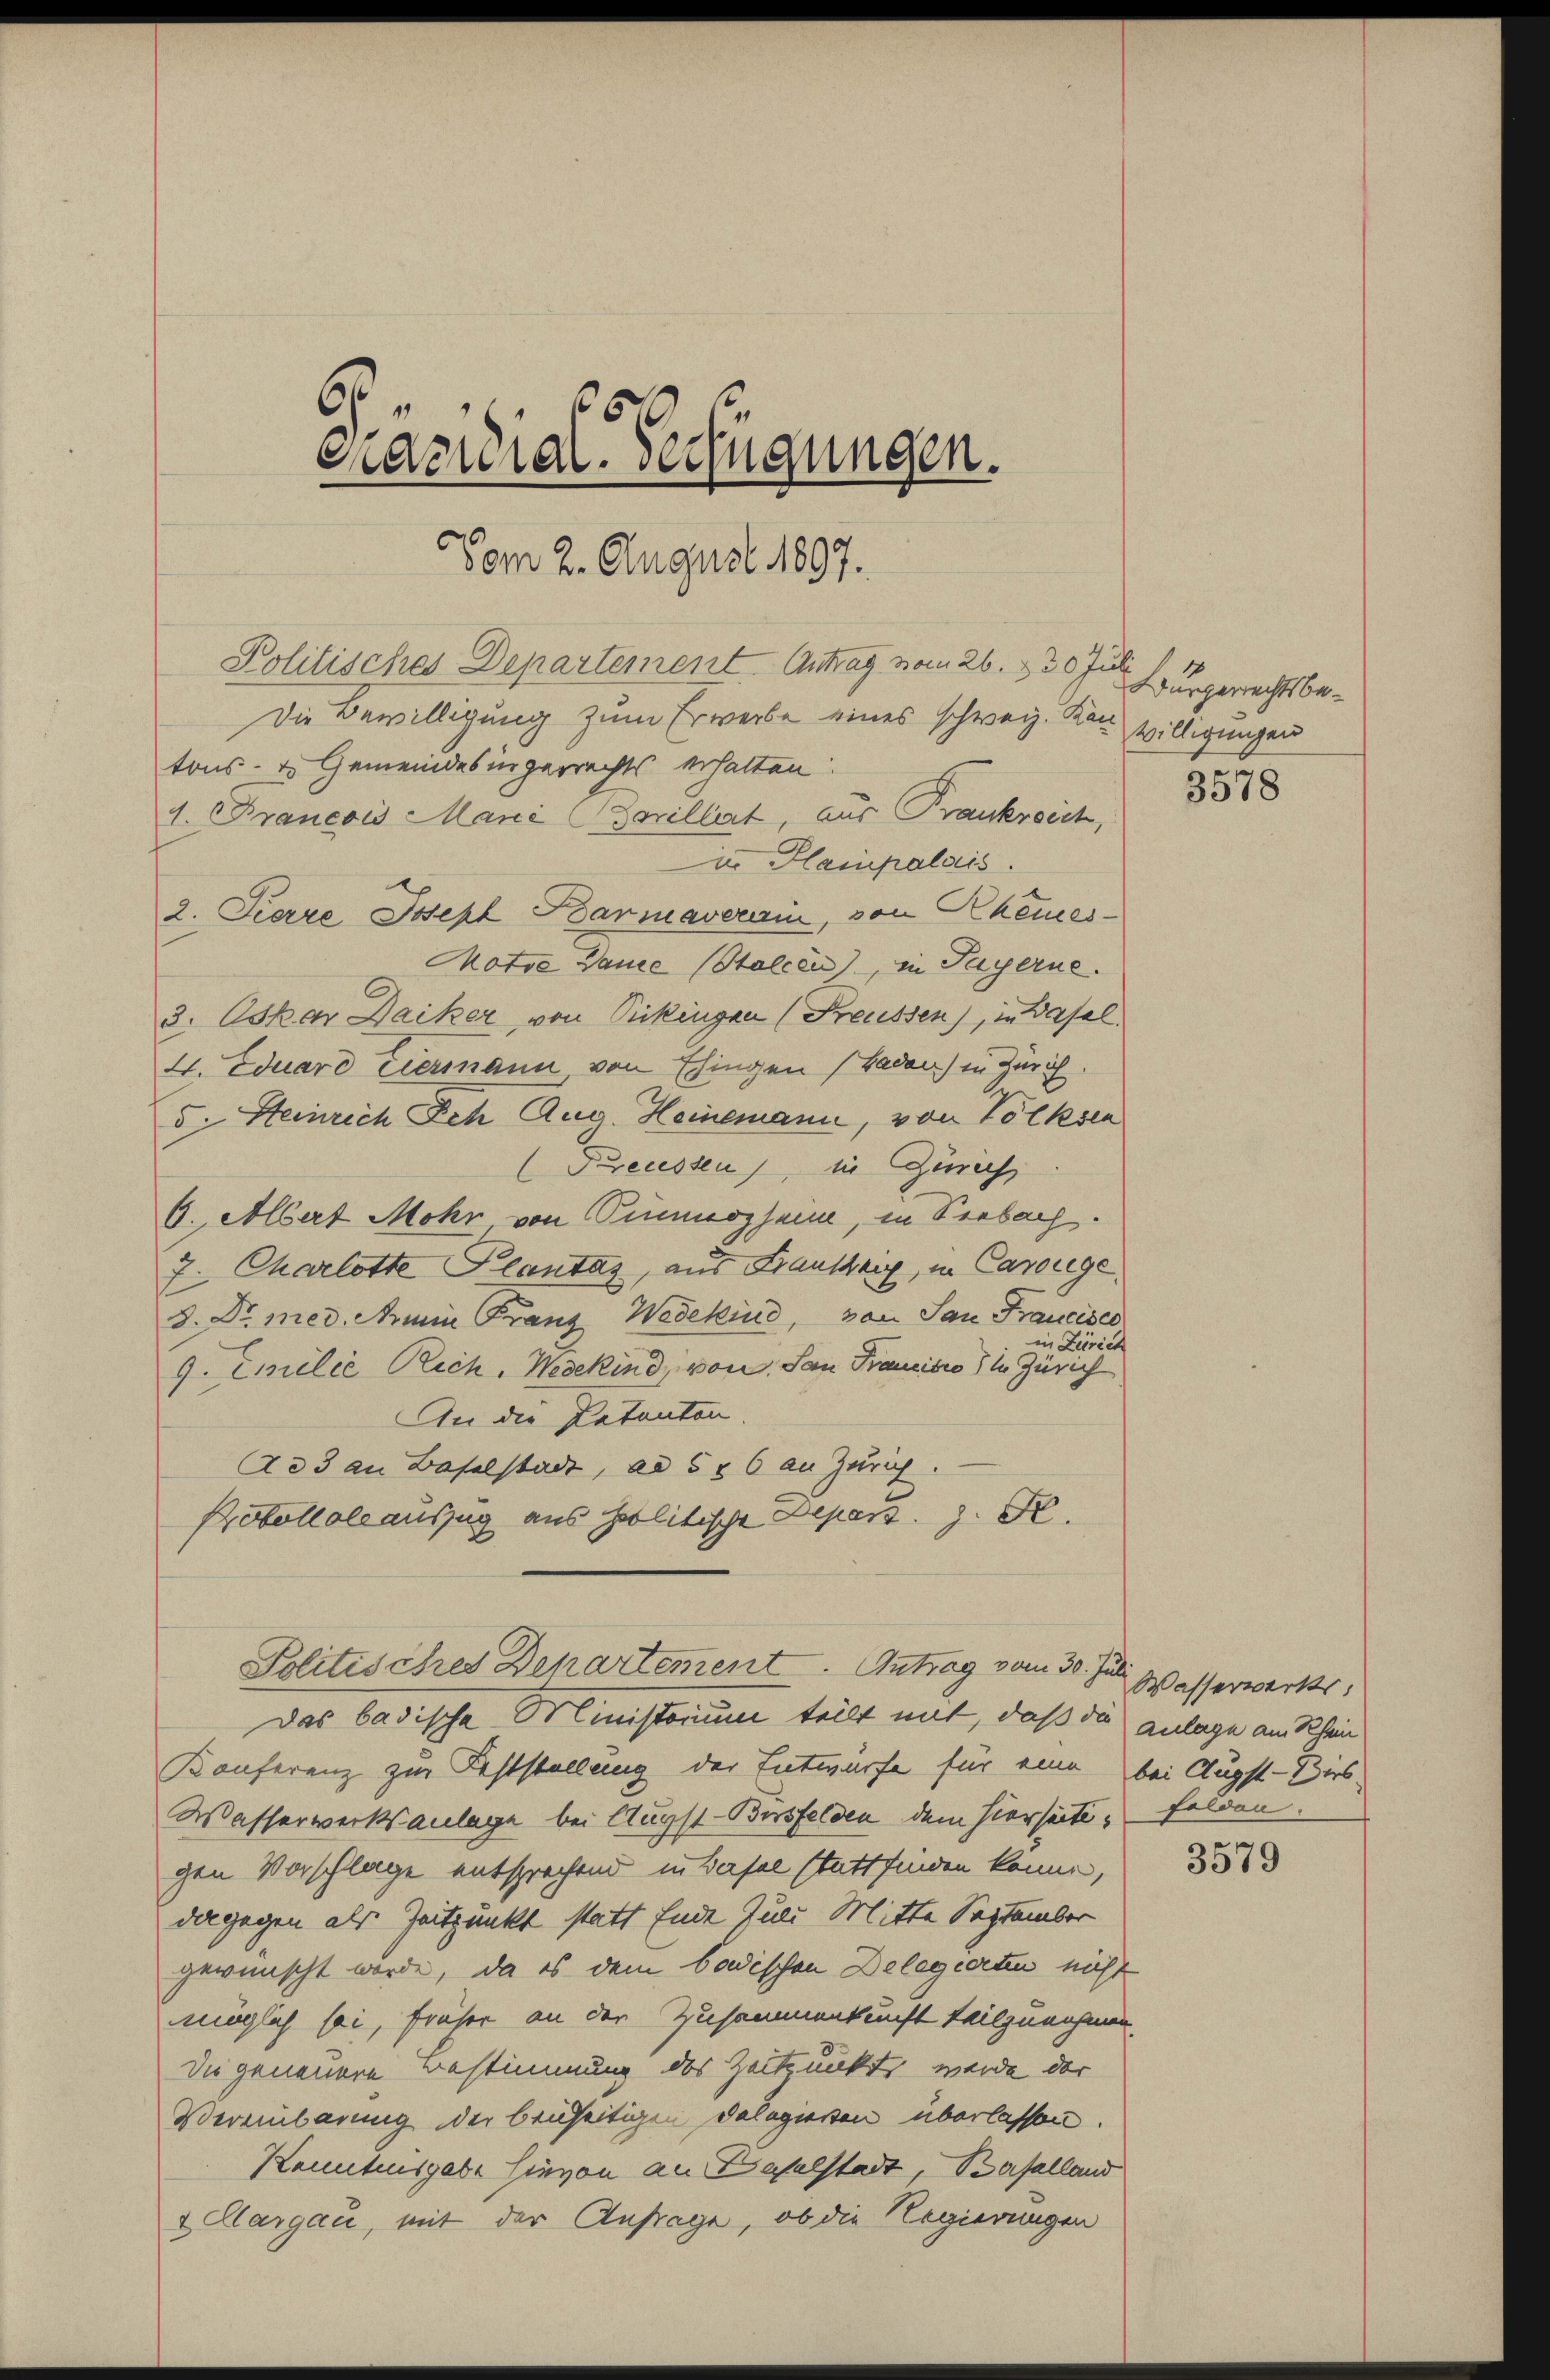
s
Prazidial-Verfügungen.
Vom 2. August 1897.

Motre Danie (Stalcen), in Payerne.
3. Oskar Daiker, von Rikingen (Preussen), in Basel.
4. Eduard Eiermann, von Ehingen (Baden) in Zürich.
d. Heinrich Sch Aug. Heinemann, von Volksen
Preussen, in Gerech
6. Albert Mohr von Pianogam, in Verbach.
7. Charlotte Plantas, aus Faustrig, in Carouge
d. Dr. med. Ain Franz Wedekind, von San Francise
in Zürich
9. Emilie Rich. Wegekind, von San Francilio 11 Zürich
An die Patenten.
Ad 3 an Baselstadt, ad 5r 6 an Zürich.
Probollolauszug aus politische Depart. z. B.

Politisches Departement Antrag vom 26. 130. Juli
Die Bewilligung zum Erwerbe eines schweiz. Kan willigungen
in Hampalais.
2. Fierze Joseph Barmaverain, von Rheues

tons- & Gemeindesingerrechts erhalten
1. Francois Marie Sorellat, aus Frankreich,

Politisches Departement. Antrag vom 30. Juli sasserwerks,
Das badische Ministorium teilt mit, daß die Anlage am Rhein

Konferenz zur Feststellung der Entwurfe für eine bei Augst-Birs-
Wasserwerksanlage bei Augst-Bersfelden dem hierseite Felden.
gen Vorschlage entsprechend in Basel stattfinden könne,
dagegen als Zeitpunkt statt Ende Juli Mitte September
gewünscht werde, da es dem badischen Delegierten nicht
möglich sei, früher an der Zusammenkunft teilzunehmen.
Die geneuere Bestimmung des Zeitpunkt werde der
Vereinbarung der beiseitigen Delegierten überlassen.
Kenntnisgabe hievon an Baselstadt, Baselland
 Sargau, mit der Anfrage, ob die Regierungen

Burgerrechtsbe¬

3578

e

3579